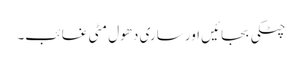
چٹکی بجائیں اور ساری دھول مٹی غائب۔